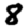
Digit: 8